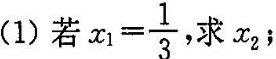
(1)若 $$x_{1} = \frac{1}{3}$$ 求x_{2};